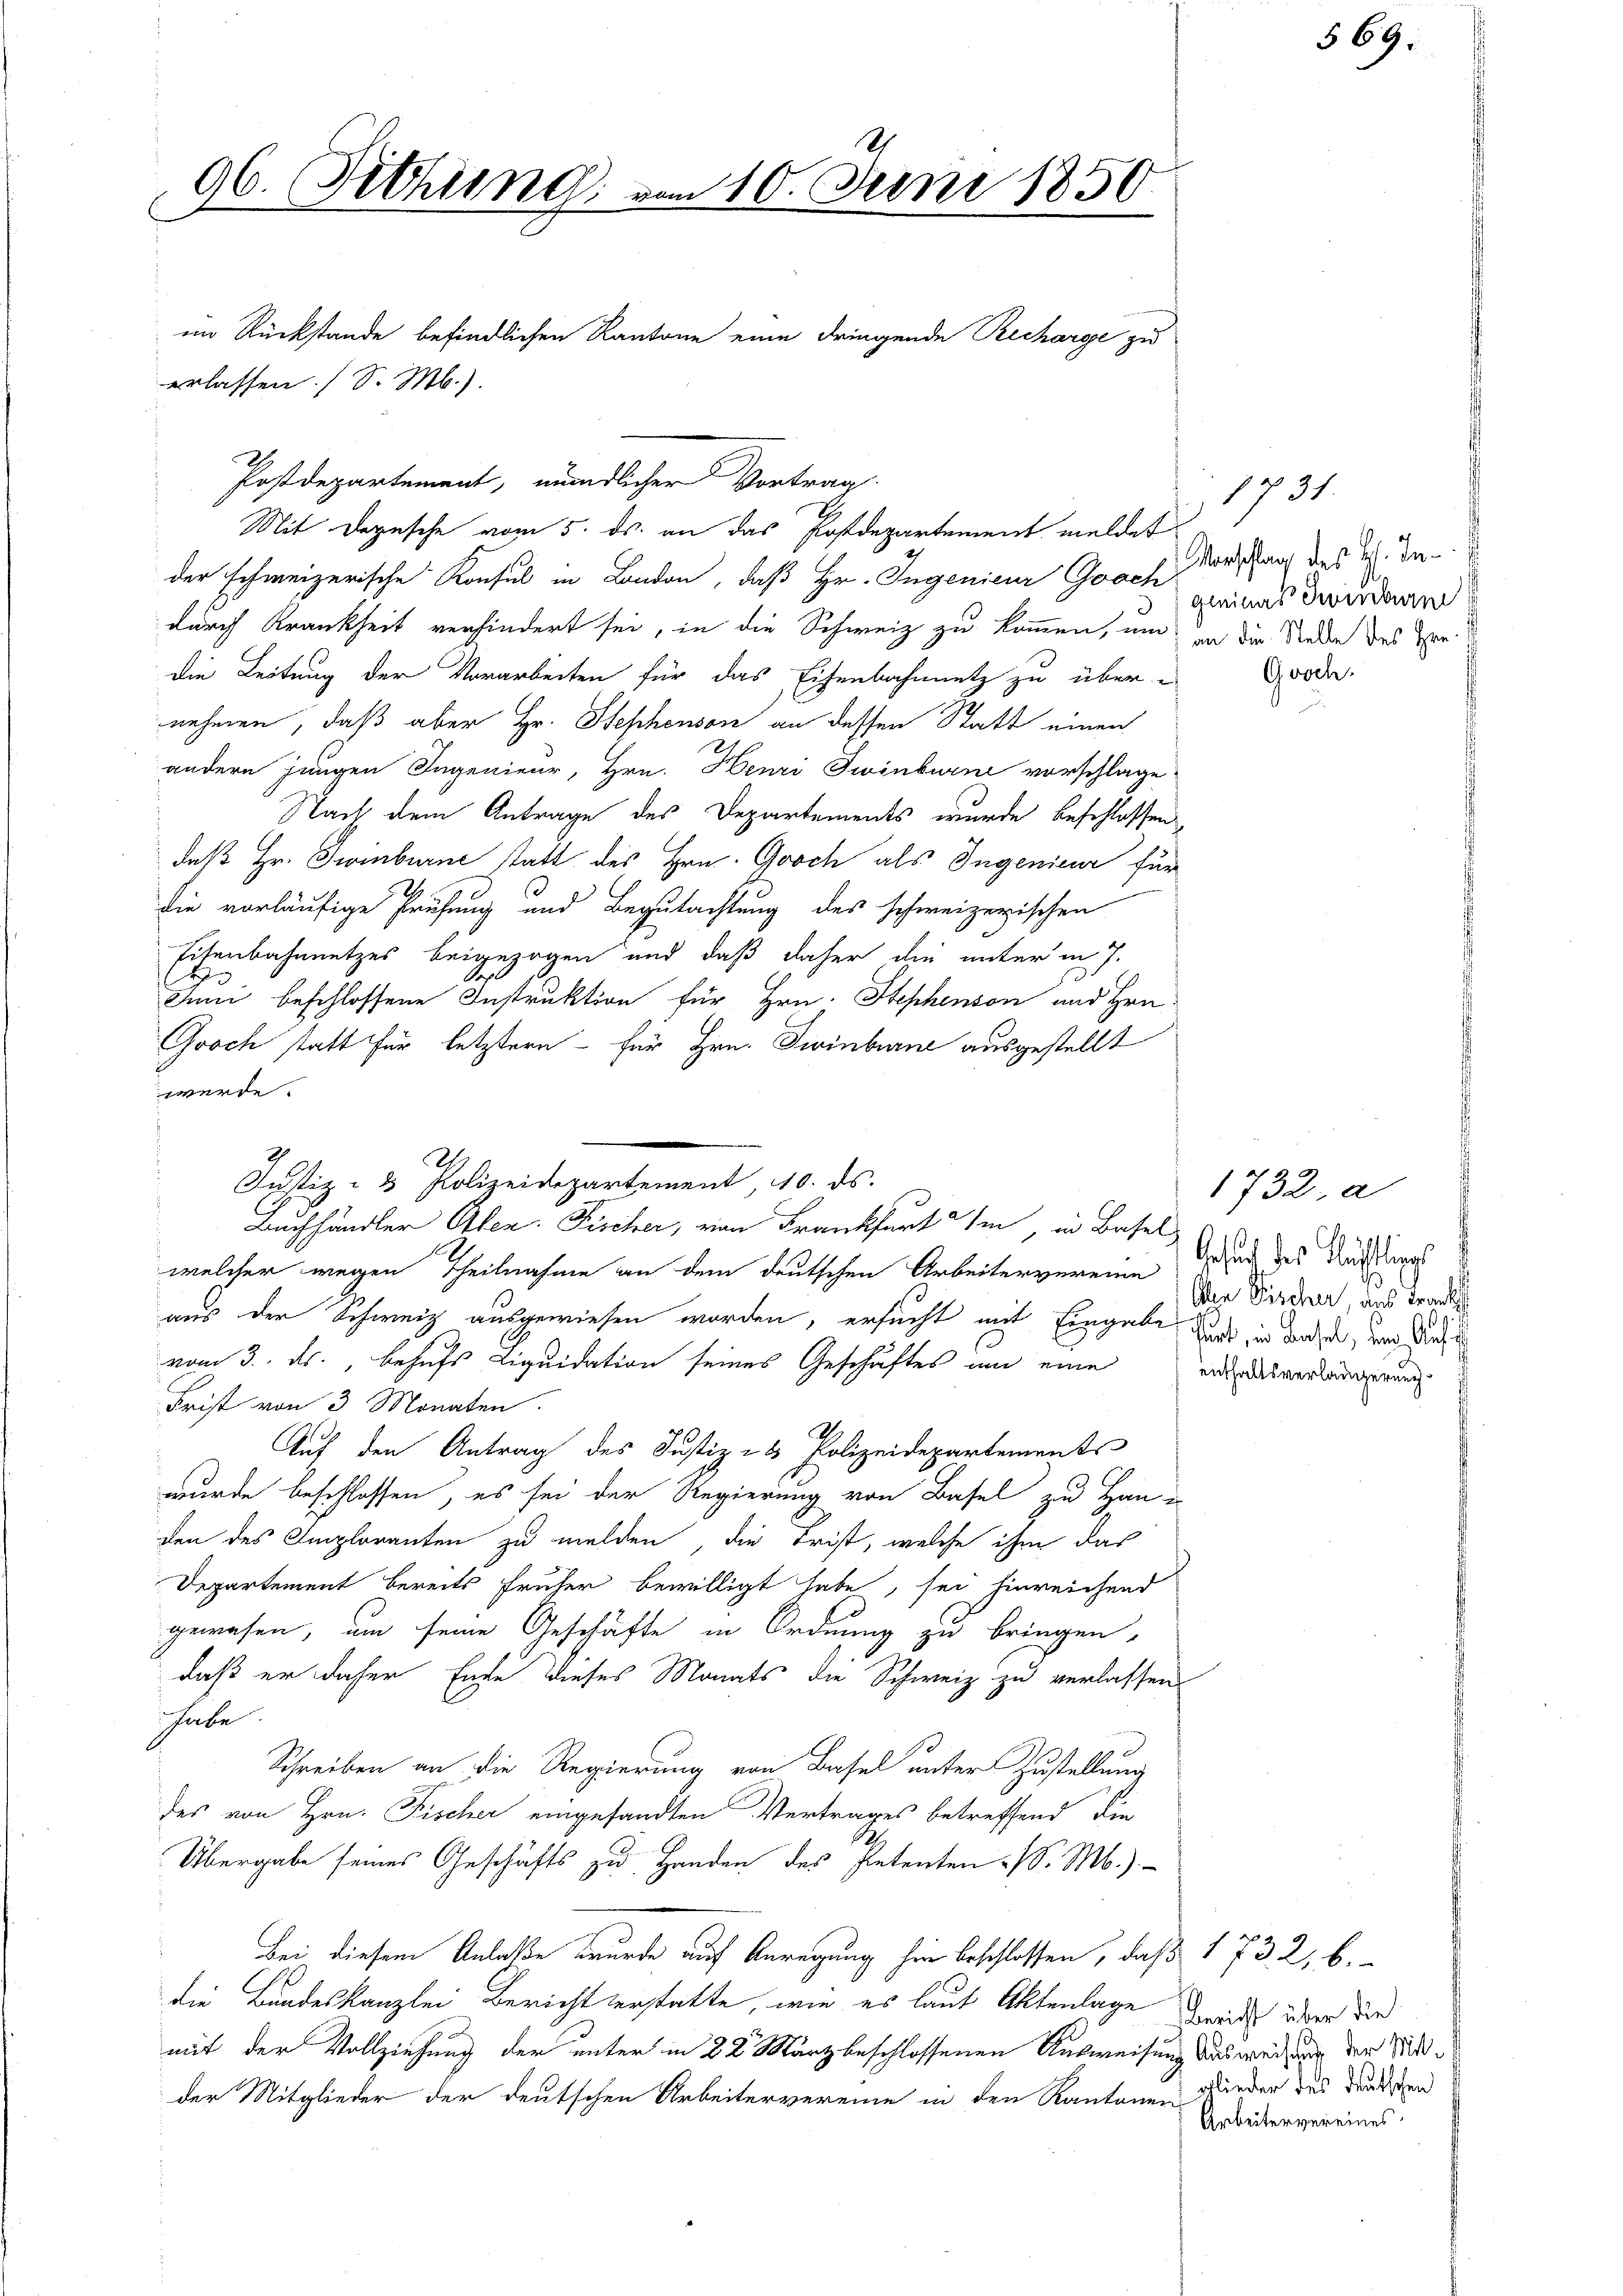
96. Sitzung vom 10. Juni 1850

erlassen (S. M.).
Postdepartement, mündlicher Vortrag
der schweizerische Konsul in London, daß Hr. Ingenieur Gooch
durch Krankheit verhindert sei, in die Schweiz zu kommen, um in die Rede des Herdie Leitung der Vorarbeiten für das Eisenbahnnetz zu über-
nehmen, daß aber Hr. Stephenson an dessen Statt einen
andern jungen Ingenieur, Hrn. Henri Twinburne vorschlage
Nach dem Antrage des Departements wurde beschlossen,
daß Hr. Gumburne statt des Hrn. Gooch als Ingenieur für
die vorläufige Prüfung und Begutachtung des schweizerischen
Eisenbahnnetzes beigezogen und daß daher die unter in 7.
Juni beschlossene Instruktion für Hrn. Stephenson und Hrn.
Groch statt für letztern - für Hrn. Zwinburne ausgestellt
werde.

im Rückstände befindlichen Kantone eine dringende Recharge zu

Mit Depesche vom 5. ds. an das Postdepartement meldet

7
A.
Justiz- & Polizeidepartement, 10. ds.
Buchhändler Alen. Fischer, von Frankfurt Ihm, in Basel

welcher wegen Theilnahme an dem deutschen Arbeitervereine Gesund des Nächtiges
aus der Schweiz ausgewiesen worden, ersucht mit Eingabe das in daher, um Schi
vom 3. ds., behufs Liquidation seines Geschäftes am eine an das verlängerung
Frist von 3 Monaten.
Auf den Antrag des Justiz- & Polizeidepartements
wurde beschlossen, es sei der Regierung von Basel zu Han-
den des Emploranten zu melden, die Frist, welche ihm das
Departement bereits früher bewilligt habe, sei hinreichend
gewesen, um seine Geschäfte in Ordnung zu bringen,
daß er daher Ende dieses Monats die Schweiz zu verlassen
habe.
Schreiben an die Regierung von Basel unter Zustellung
des von Hrn. Fischer eingesandten Vertrages betreffend die
Übergabe seines Geschäfts zu Handen des Petenten /. M.)
Bei diesem Anlaße wurde auf Anregung hin beschlossen, daß 1 732, 6.
die Bundeskanzlei Bericht verstatte, wie es laut Aktenlage wie über die
mit der Vollziehung der unter in 22. März beschlossenen Ausweisung Ausweisung der Sitder Mitglieder der deutschen Arbeitervereine in den Kantonen Nieder des druckten

1731.
Vorschlag des H. Ingleines Zwieberm
Gosch.

5

1732. a
in Fischer, aus Trans

69.

Arbeitervereines